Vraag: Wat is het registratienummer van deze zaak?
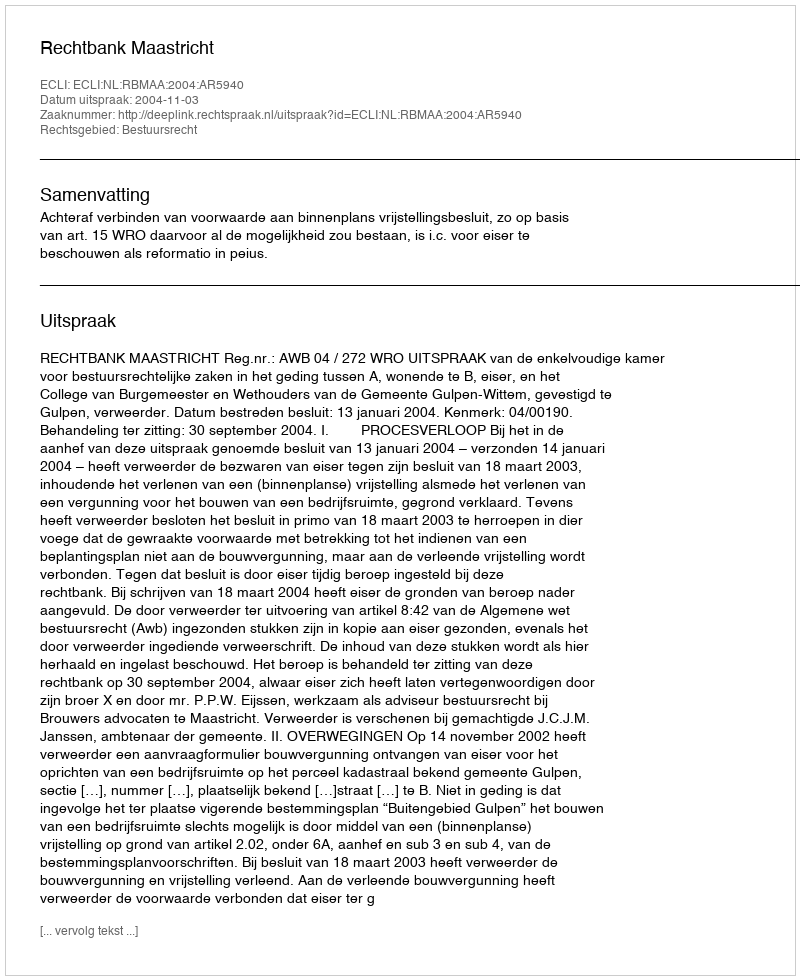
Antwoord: http://deeplink.rechtspraak.nl/uitspraak?id=ECLI:NL:RBMAA:2004:AR5940